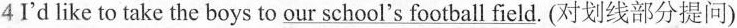
4 I'd like to take the boys to \underline{our school's football field}. (对划线部分提问)